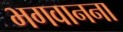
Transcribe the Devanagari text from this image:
भगवानना